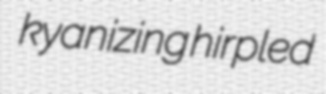
kyanizing hirpled